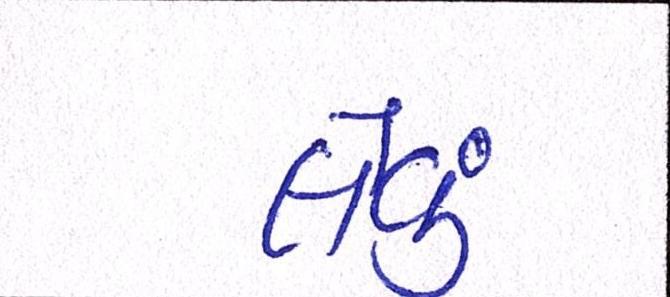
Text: લેવું